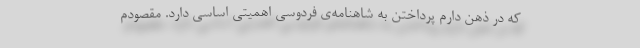
که در ذهن دارم پرداختن به شاهنامه‌ی فردوسی اهمیتی اساسی دارد. مقصودم